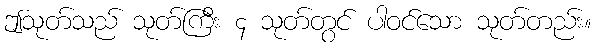
ဤသုတ်သည် သုတ်ကြီး ၄ သုတ်တွင် ပါဝင်သော သုတ်တည်း။